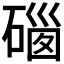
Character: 𥔥